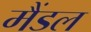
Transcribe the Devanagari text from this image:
मैंडल